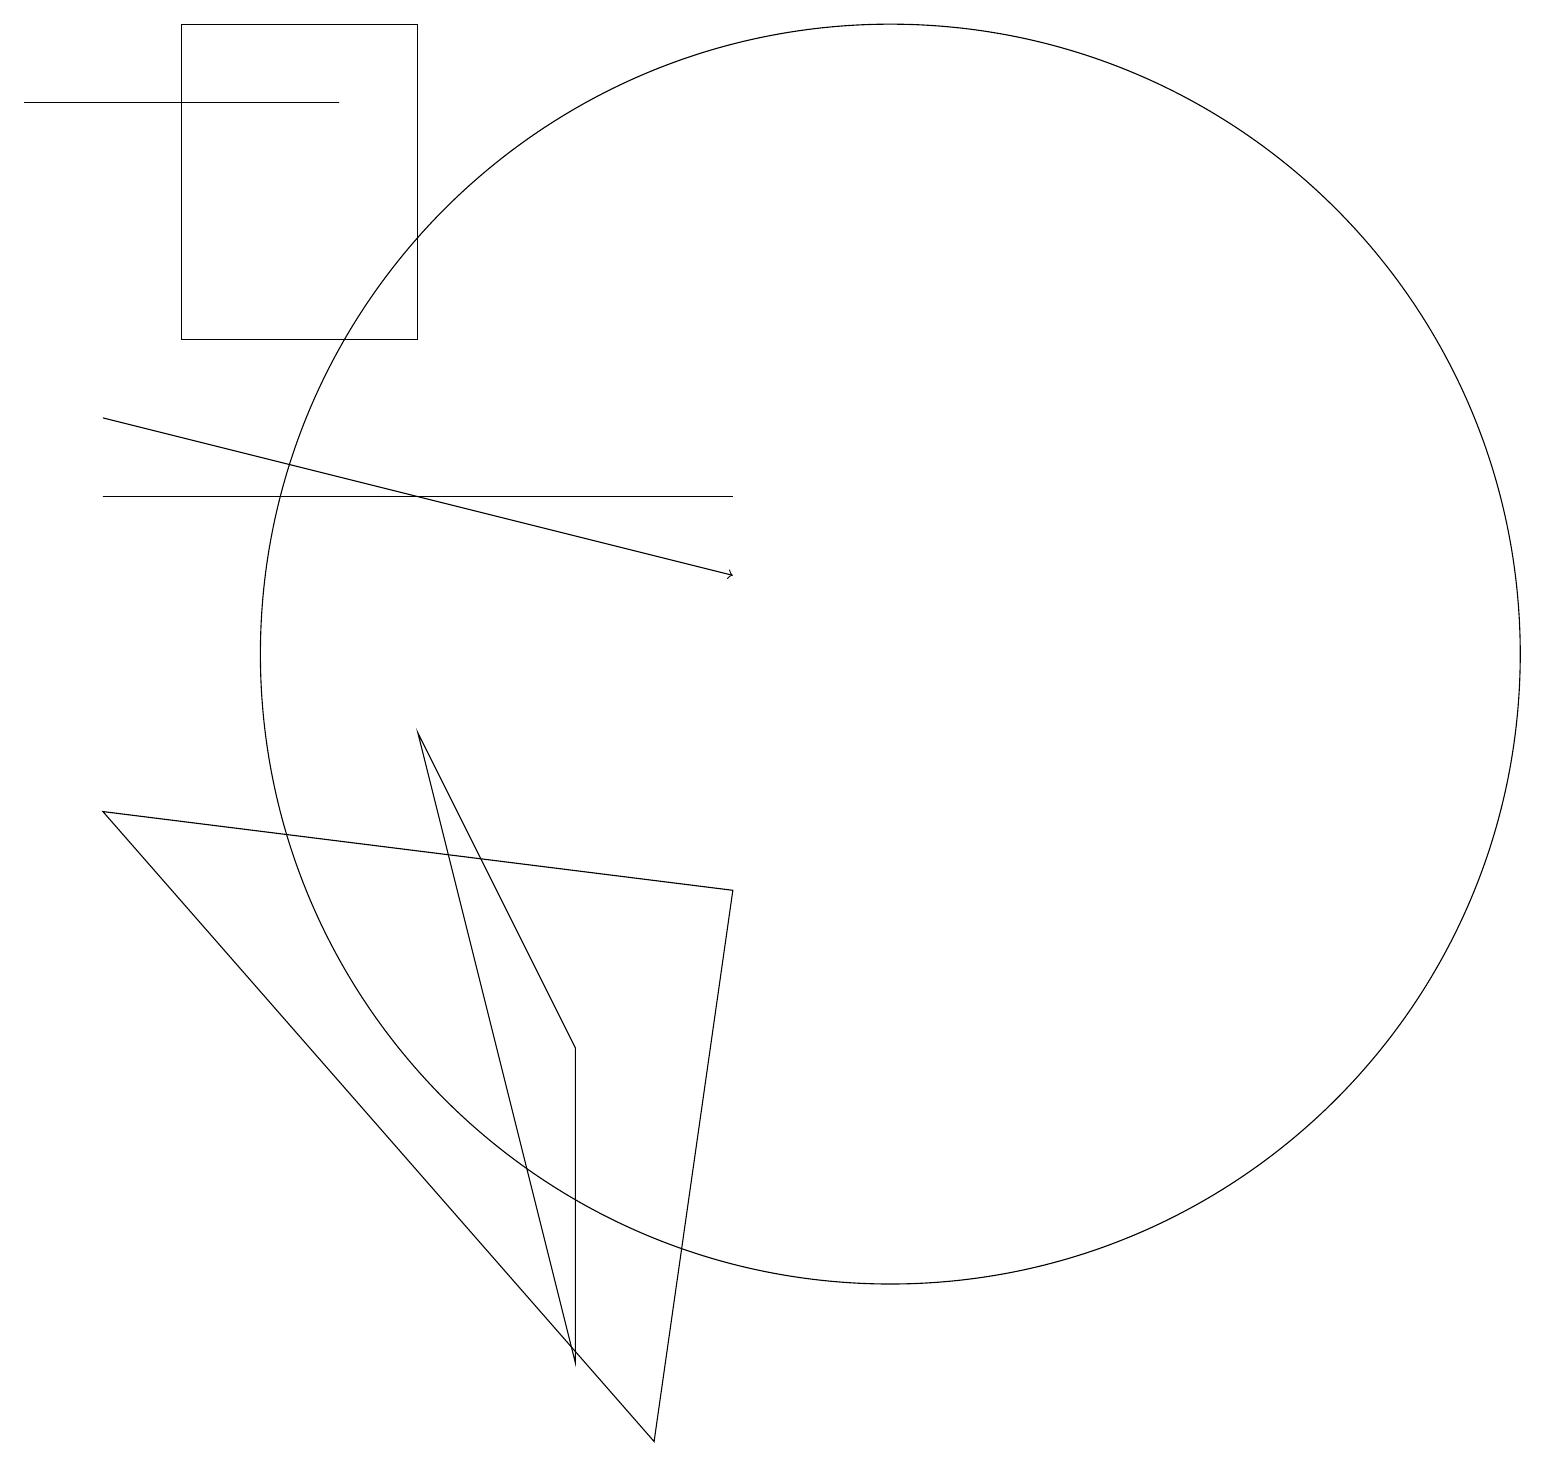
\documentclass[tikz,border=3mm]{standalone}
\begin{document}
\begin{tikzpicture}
\draw (11,10) circle (8);
\draw (0,17) rectangle (4,17);
\draw (9,7) -- (1,8) -- (8,0) -- cycle;
\draw (5,14) rectangle (2,18);
\draw (1,12) rectangle (9,12);
\draw (7,1) -- (5,9) -- (7,5) -- cycle;
\draw[->] (1,13) -- (9,11);
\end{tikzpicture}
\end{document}